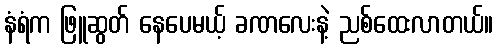
နံရံက ဖြူဆွတ် နေပေမယ့် ခဏလေးနဲ့ ညစ်ထေးလာတယ်။